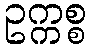
ဥက္ကစ္စ